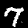
Digit: 7